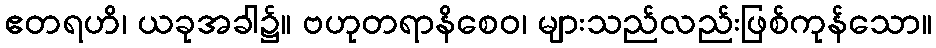
ဧတရဟိ၊ ယခုအခါ၌။ ဗဟုတရာနိစေဝ၊ များသည်လည်းဖြစ်ကုန်သော။